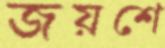
জয়শে